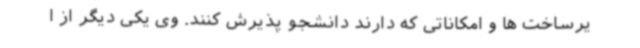
یرساخت ها و امکاناتی که دارند دانشجو پذیرش کنند. وی یکی دیگر از ا